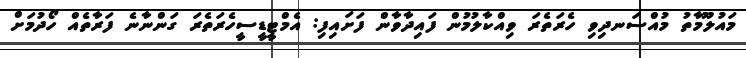
މައުލޫމާތު މުއްސަނދިވި ހެރަތެރަ ވިއްކާލުމުން ފައިދާވާން ފަށައިފި: އެމްޓީޑީސީހެރަތެރަ ގަންނާނެ ފަރާތެއް ހޯދުމަށް